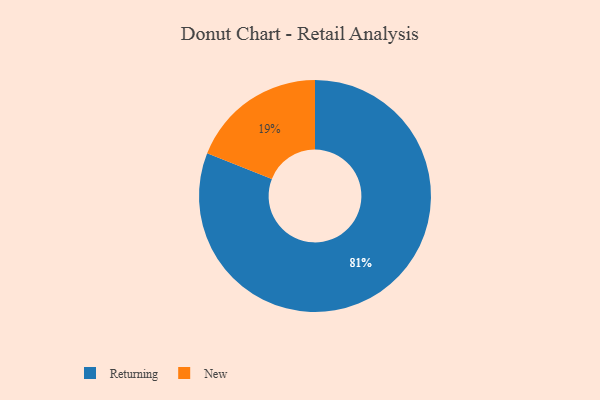
{"axis": {"x": "Category", "y": "Percentage"}, "legend": ["New", "Returning"], "data": [{"x": "Returning", "y": 81, "type": "Returning"}, {"x": "New", "y": 19, "type": "New"}]}